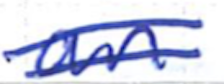
Text: an
Cross-out: double-line
Writing tool: ballpoint